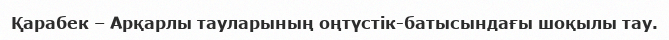
Қарабек – Арқарлы тауларының оңтүстік-батысындағы шоқылы тау.